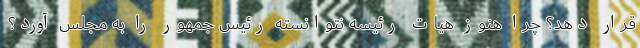
قرار دهد؟ چرا هنوز هیات رئیسه نتوانسته رئیس جمهور را به مجلس آورد؟